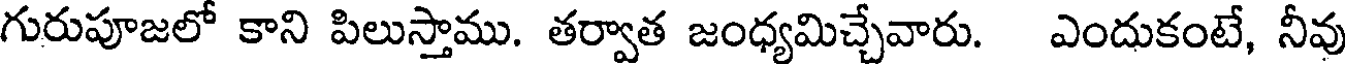
గురుపూజలో కాని పిలుస్తాము. తర్వాత జంధ్యమిచ్చేవారు. ఎందుకంటే, నీవు